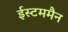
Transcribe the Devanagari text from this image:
ईस्टममैन